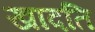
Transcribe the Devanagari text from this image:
खादति